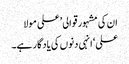
ان کی مشہور قوالی ’علی مولا
علی‘ انہی دنوں کی یادگار ہے۔